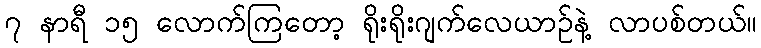
၇ နာရီ ၁၅ လောက်ကြတော့ ရိုးရိုးဂျက်လေယာဉ်နဲ့ လာပစ်တယ်။